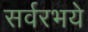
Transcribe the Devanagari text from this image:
सर्वरभये